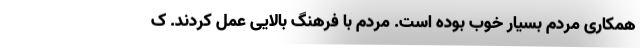
همکاری مردم بسیار خوب بوده است. مردم با فرهنگ بالایی عمل کردند. ک